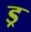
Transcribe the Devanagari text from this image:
ड्र